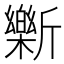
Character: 𫿾